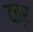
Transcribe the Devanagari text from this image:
दत्र